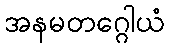
အနမတဂ္ဂေါယံ